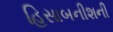
હિસાબનીશની